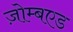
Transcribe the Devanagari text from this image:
ज़ोम्बएड